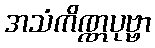
အသံကိဏ္ဏပုဗ္ဗာ